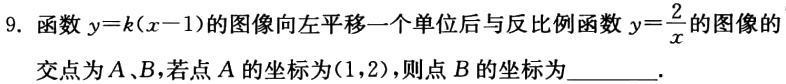
9. 函数$y = k(x - 1)$的图像向左平移一个单位后与反比例函数$y=\frac{2}{x}$的图像的
交点为$A、B$，若点$A$的坐标为$(1,2)$，则点$B$的坐标为________.